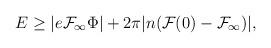
LaTeX: \begin{align*}E\ge | e{\cal F}_\infty\Phi|+ 2\pi |n({\cal F}(0)-{\cal F}_\infty)|,\end{align*}